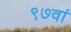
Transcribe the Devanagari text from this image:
९७वां